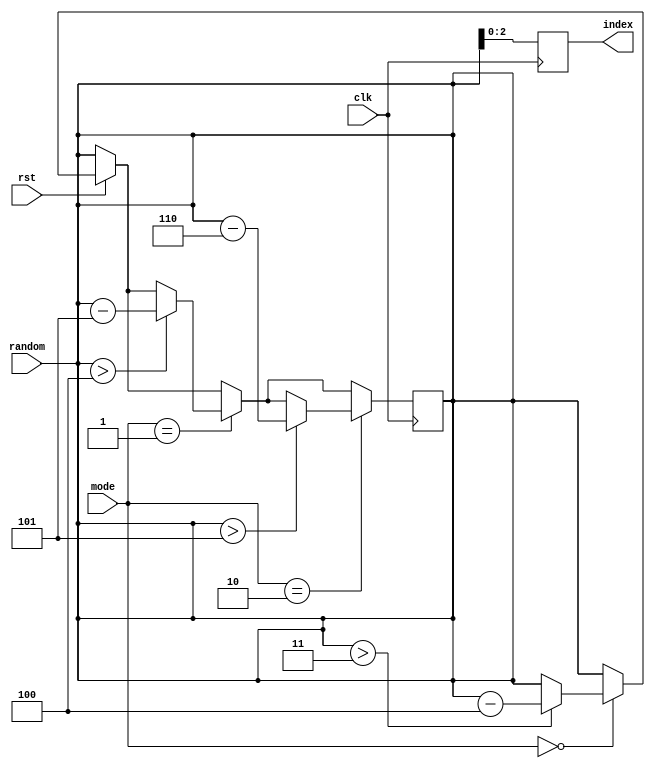
module mod(random, mode, index, rst, clk);
	input clk, rst;
	input [1:0] mode;
	input [3:0] random;
	output [2:0] index;
	reg [2:0] index;
	reg [3:0] random_number;
	
	always @ (random) begin
		random_number <= random;
	end
	always @ (posedge clk) begin
	if (rst == 1'b0) begin
		index <= 3'b000;
	end
	else if (mode == 2'b00) begin
		if (random_number > 4'b0011) begin
			random_number <= random_number - 4;
		end
	end
	if (mode == 2'b01) begin
		if (random_number > 4'b0100) begin
			random_number <= random_number - 5;
		end
	end
	if (mode == 2'b10) begin
		if (random_number > 4'b0101) begin
				random_number <= random_number - 6;
		end
	end
	index <= random_number[2:0];
	end
	
endmodule